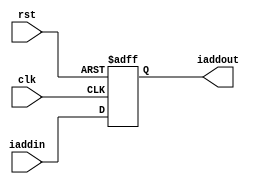
module pc(iaddout,iaddin,clk,rst); //asynchronous reset 4-bit register
	output reg [8:0] iaddout;
	input [8:0] iaddin;
	input clk,rst;
	always @(posedge clk or negedge rst)
		begin
			if(!rst)
				iaddout <= 4'd0;
			else
				iaddout <= iaddin;
		end
endmodule